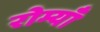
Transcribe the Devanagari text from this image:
रोम्याँ